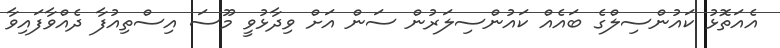
އެއަތޮޅު ކައުންސިލްގެ ބައެއް ކައުންސިލަރުން ސަން އަށް ވިދާޅުވީ މޫސަ އިސްތިއުފާ ދެއްވާފައިވާ